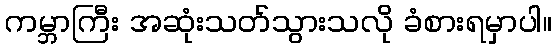
ကမ္ဘာကြီး အဆုံးသတ်သွားသလို ခံစားရမှာပါ။